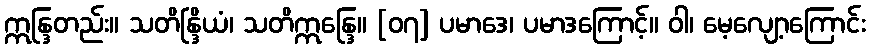
ဣန္ဒြတည်း။ သတိန္ဒြိယံ၊ သတိဣန္ဒြေ။ [၀၇] ပမာဒေ၊ ပမာဒကြောင့်။ ဝါ၊ မေ့လျော့ကြောင်း